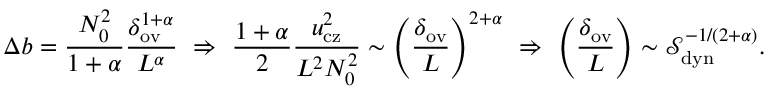
\Delta b = \frac { N _ { 0 } ^ { 2 } } { 1 + \alpha } \frac { \delta _ { \mathrm { o v } } ^ { 1 + \alpha } } { L ^ { \alpha } } \, \, \Rightarrow \, \, \frac { 1 + \alpha } { 2 } \frac { u _ { \mathrm { c z } } ^ { 2 } } { L ^ { 2 } N _ { 0 } ^ { 2 } } \sim \left( \frac { \delta _ { \mathrm { o v } } } { L } \right) ^ { 2 + \alpha } \, \, \Rightarrow \, \, \left( \frac { \delta _ { \mathrm { o v } } } { L } \right) \sim \ensuremath { \mathcal { S } } _ { \mathrm { d y n } } ^ { - 1 / ( 2 + \alpha ) } .